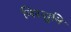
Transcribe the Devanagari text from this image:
निरसुनि